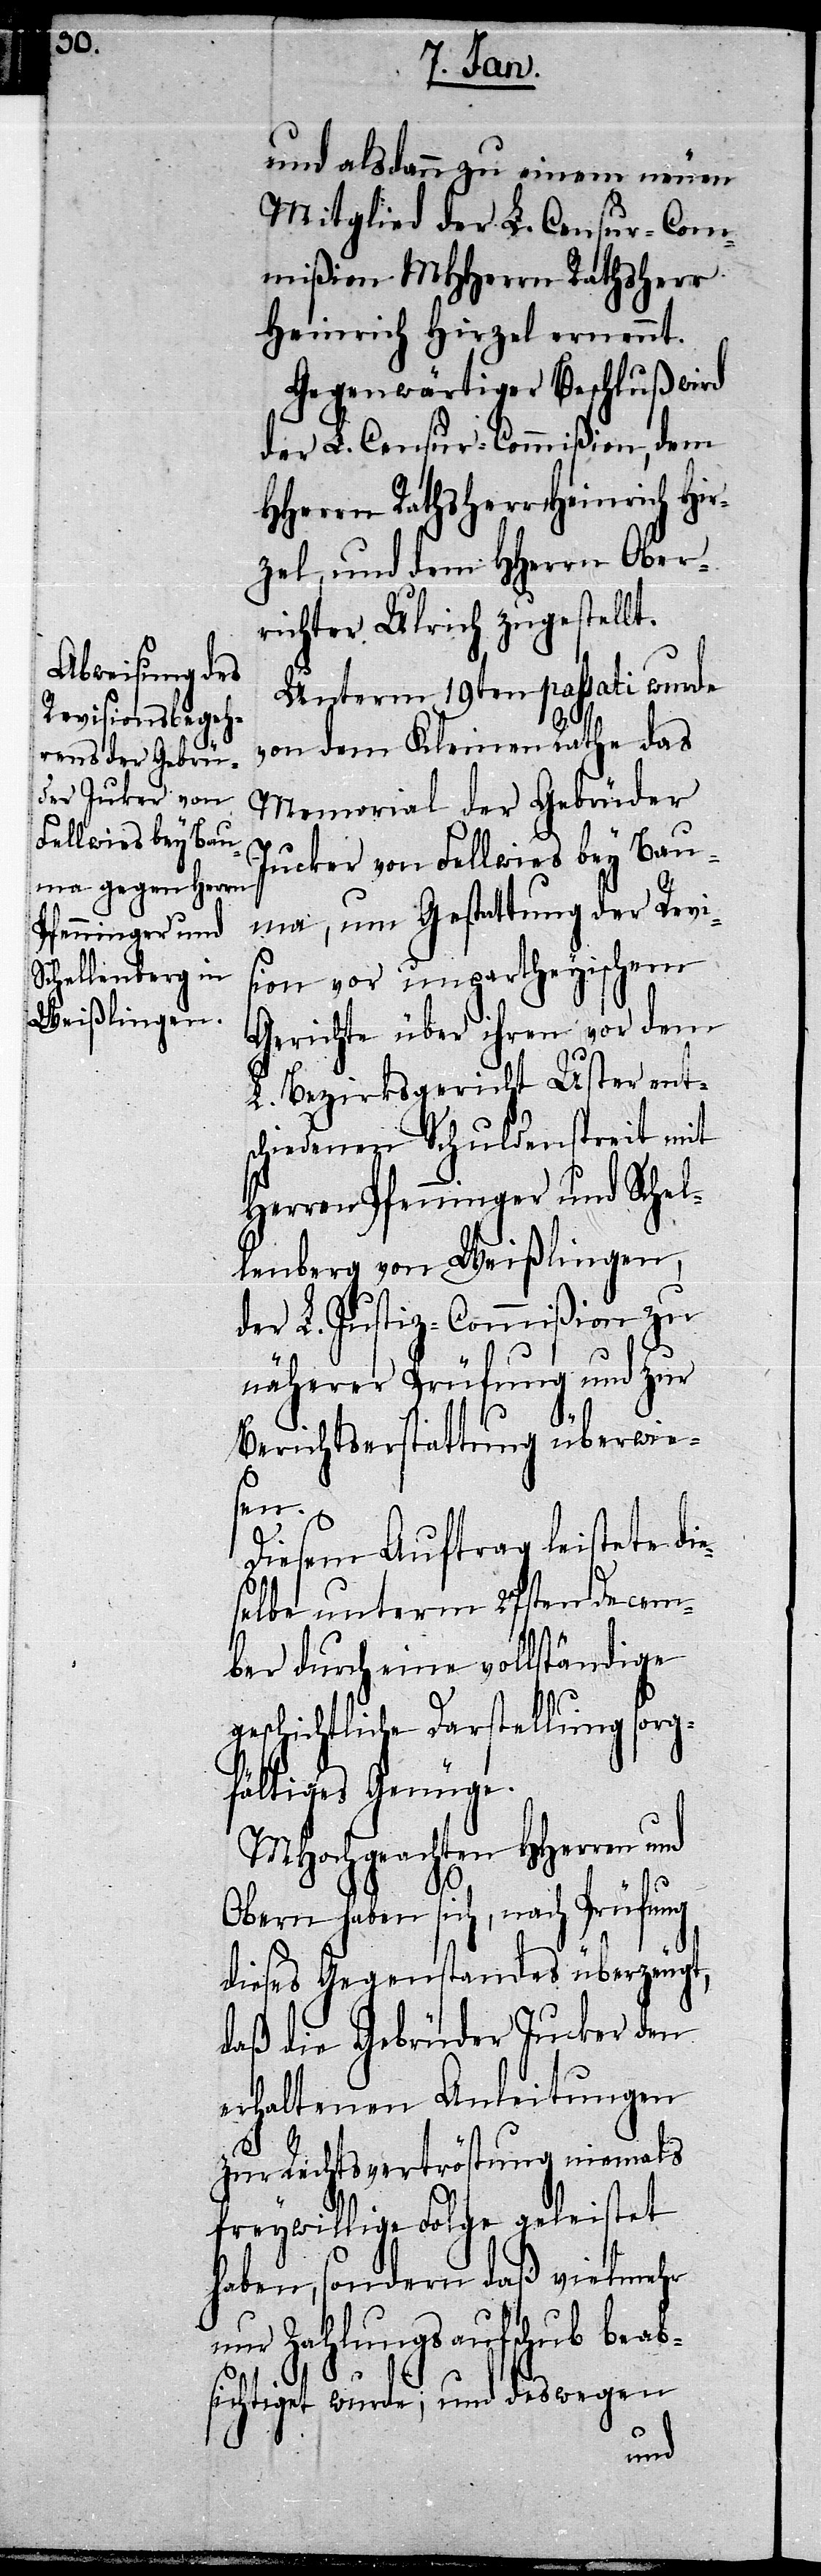
Fellwies bey Bau¬

und alsdann zu einem neuen
Mitglied der L. Censur-Com¬
mißion MHHerrn Rathsherr
Heinrich Hirzel ernennt.
Gegenwärtiger Beschluß wird
der L. Censur-Commißion, dem
HHerrn Rathsherr Heinrich Hir¬
zel, und dem HHerrn Ober¬
richter Ulrich zugestellt.
Unterm 19ten passati wurde
von dem Kleinen Rathe das
Memorial der Gebrüder
ma, um Gestattung der Revi¬
sion vor unpartheyischem
Gerichte über ihren vor dem
L. Bezirksgericht Uster ent¬
schiedenen Schuldenstreit mit
Herren Pfenninger und Schel¬
lenberg von Weißlingen,
der L. Justiz-Commißion zu
näherer Prüfung und zur
Berichtserstattung überwie¬
sen.
Diesem Auftrag leistete die¬
selbe unterm 27sten Decem¬
ber durch eine vollständige
geschichtliche Darstellung sorg¬
fältiges Genüge.
MHochgeachten HHerren und
Obern haben sich, nach Prüfung
dieses Gegenstandes überzeugt,
daß die Gebrüder Jucker den
erhaltenen Anleitungen
zur Rechtsvertröstung niemals
freywillige Folge geleistet
haben, sondern daß vielmehr
nur Zahlungsaufschub beab¬
sichtiget wurde; und deswegen